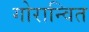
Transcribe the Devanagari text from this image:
गोरान्वित